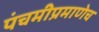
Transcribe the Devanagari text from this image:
पंचमीप्रमाणेच